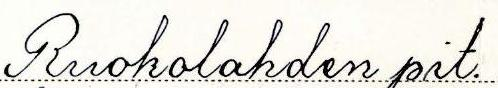
Ruokolahden pit.